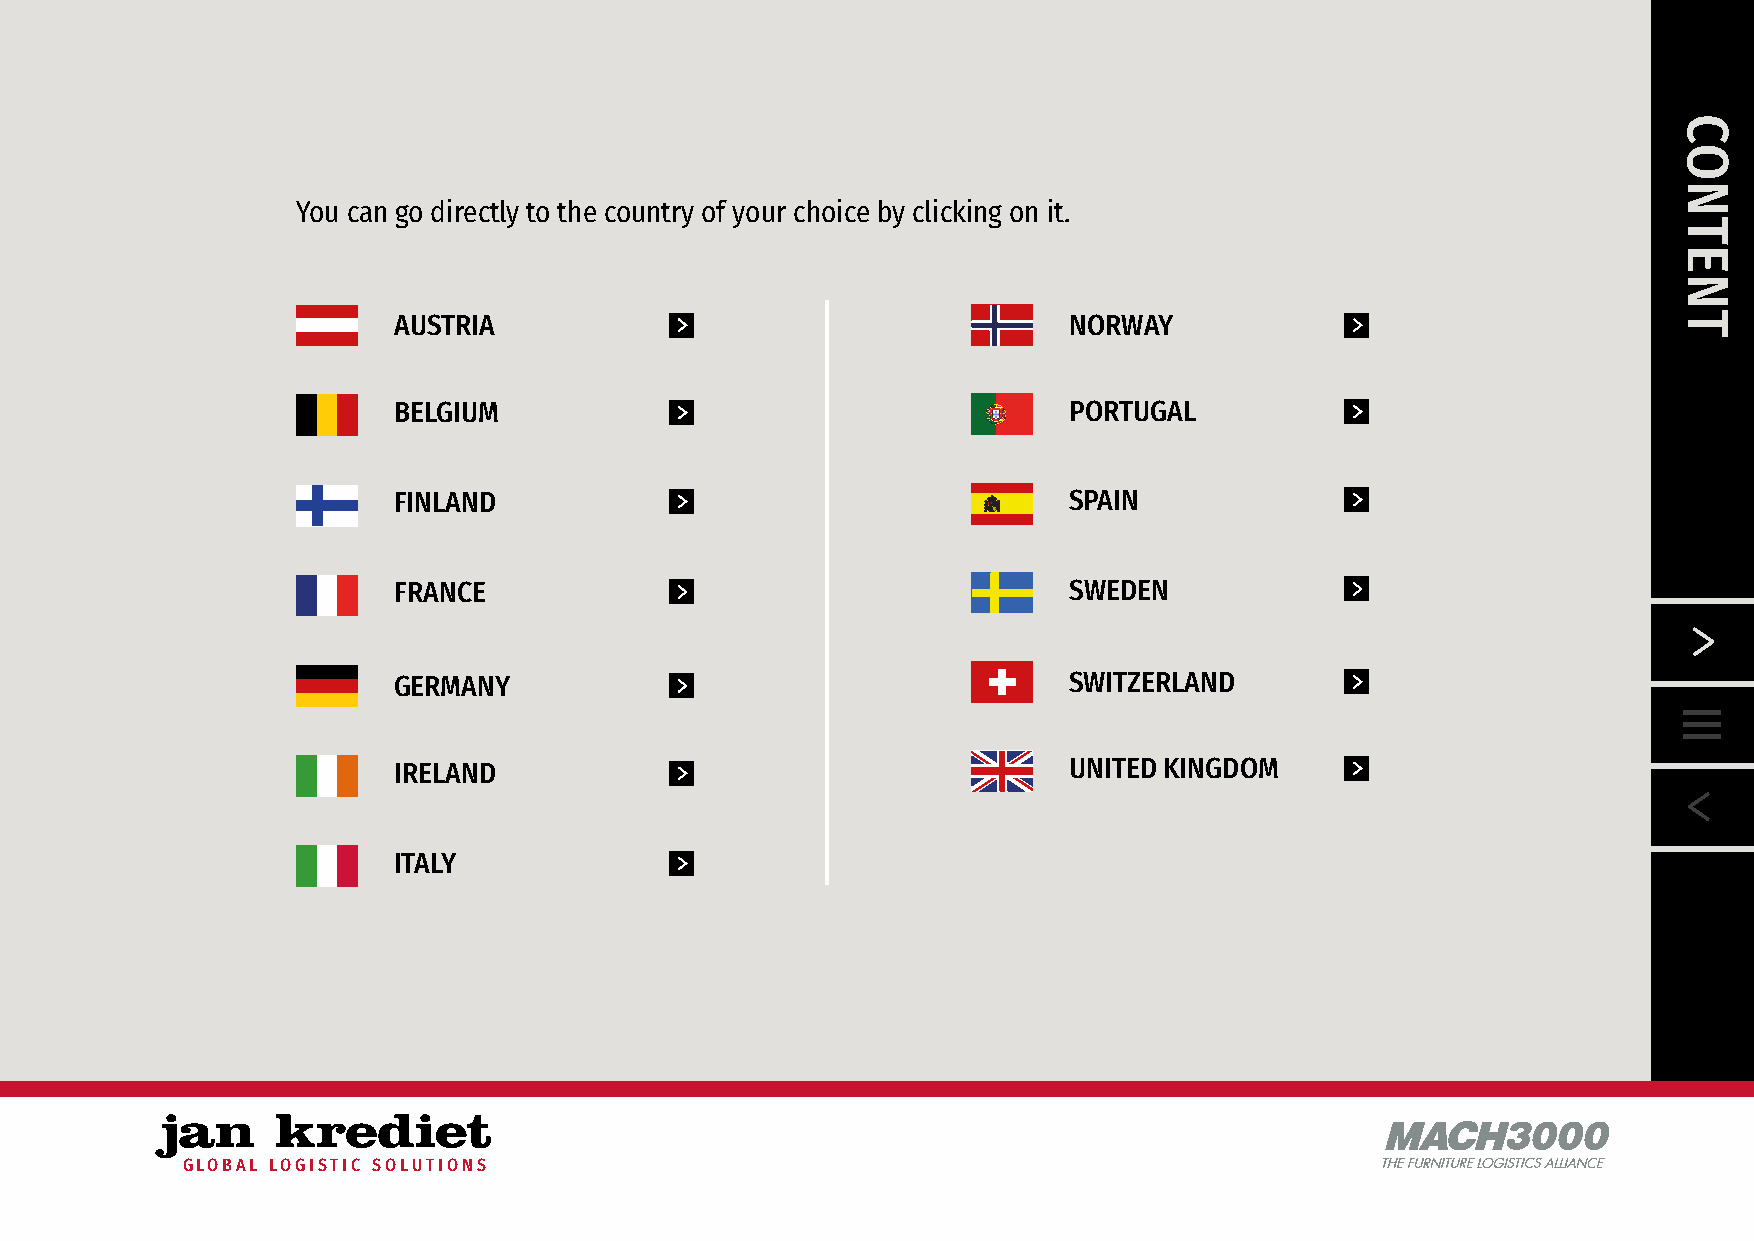
You can go directly to the country of your choice by clicking on it.
 AUSTRIA                                      NORWAY
 BELGIUM                                      PORTUGAL
 FINLAND                                      SPAIN
 FRANCE                                       SWEDEN
 GERMANY                                      SWITZERLAND
 IRELAND                                      UNITED KINGDOM
 ITALY
 MACH3000
 GLOBAL LOGISTIC SOLUTIONS                                                       THE FURNITUREL OGISTIACSl l/ANCE
 CONTENT